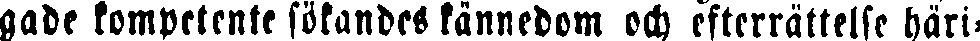
gade kompetente sökanders kännedom och efterrättelse häri-